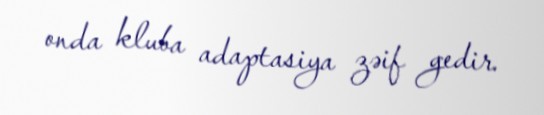
onda kluba adaptasiya zəif gedir.